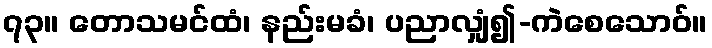
၇၃။ တောသမင်ထံ၊ နည်းမခံ၊ ပညာလျှံ၍-ကဲစေသောဝ်။